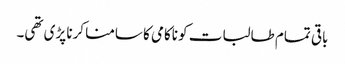
باقی تمام طالبات کو ناکامی کا سامنا کرنا پڑی تھی۔